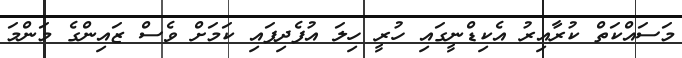
މަސައްކަތް ކުރާއިރު އެކިޑްނީގައި ހުރީ ހިލަ އުފެދިފައި ކަމަށް ވެސް ޒައިންގެ މަންމަ